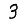
Digit: 3